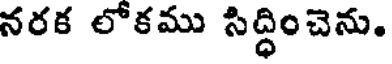
నరక లోకము సిద్ధించెను.